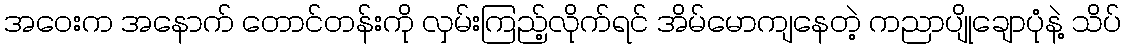
အဝေးက အနောက် တောင်တန်းကို လှမ်းကြည့်လိုက်ရင် အိမ်မောကျနေတဲ့ ကညာပျိုချောပုံနဲ့ သိပ်